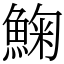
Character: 䱡